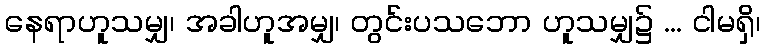
နေရာဟူသမျှ၊ အခါဟူအမျှ၊ တွင်းပသဘော ဟူသမျှ၌ ... ငါမရှိ၊